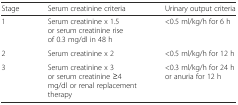
<table><thead><tr><td><b>Stage</b></td><td><b>Serum creatinine criteria</b></td><td><b>Urinary output criteria</b></td></tr></thead><tbody><tr><td>1</td><td>Serum creatinine x 1.5 or serum creatinine rise of 0.3 mg/dl in 48 h</td><td>&lt;0.5 ml/kg/h for 6 h</td></tr><tr><td>2</td><td>Serum creatinine x 2</td><td>&lt;0.5 ml/kg/h for 12 h</td></tr><tr><td>3</td><td>Serum creatinine x 3 or serum creatinine ≥4 mg/dl or renal replacement therapy</td><td>&lt;0.3 ml/kg/h for 24 h or anuria for 12 h</td></tr></tbody></table>